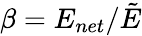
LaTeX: \beta=E_{net}/\tilde{E}